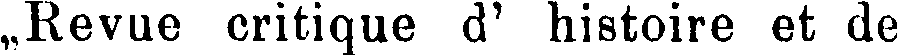
„Revue critique d' histoire et de